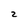
Character: z